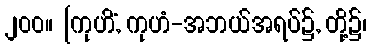
၂၀၀။ [ကုဟိံ, ကုဟံ-အဘယ်အရပ်၌, တို့၌၊